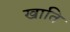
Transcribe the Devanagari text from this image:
खाति